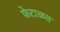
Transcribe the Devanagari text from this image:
फेटाळत